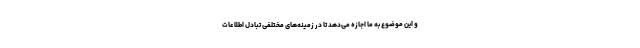
و این موضوع به ما اجازه می‌دهد تا در زمینه‌های مختلفی تبادل اطلاعات